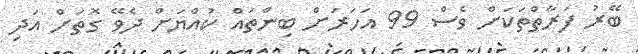
ބޭރު ފަރާތްތަކަށް ވެސް 99 އަހަރަށް ބިންތައް ކުއްޔަށް ދެވޭ ގޮތަށް އަދި